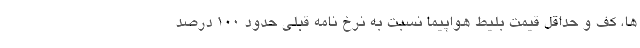
ها، کف و حداقل قیمت بلیط هواپیما نسبت به نرخ نامه قبلی حدود 100 درصد